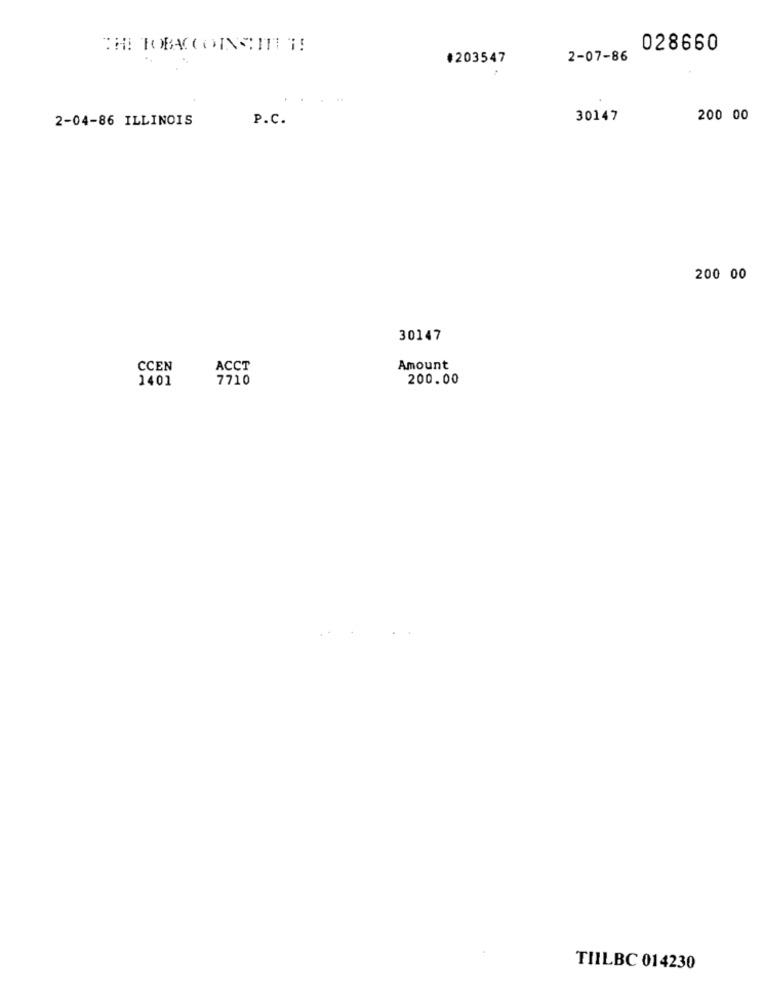
028660
#203547
2-07-86
2-04-86 ILLINOIS
P.C.
30147
200 00
200 00
30147
CCEN
ACCT
Amount
1401
7710
200.00
TIILBC 014230